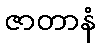
ဇာတာနံ